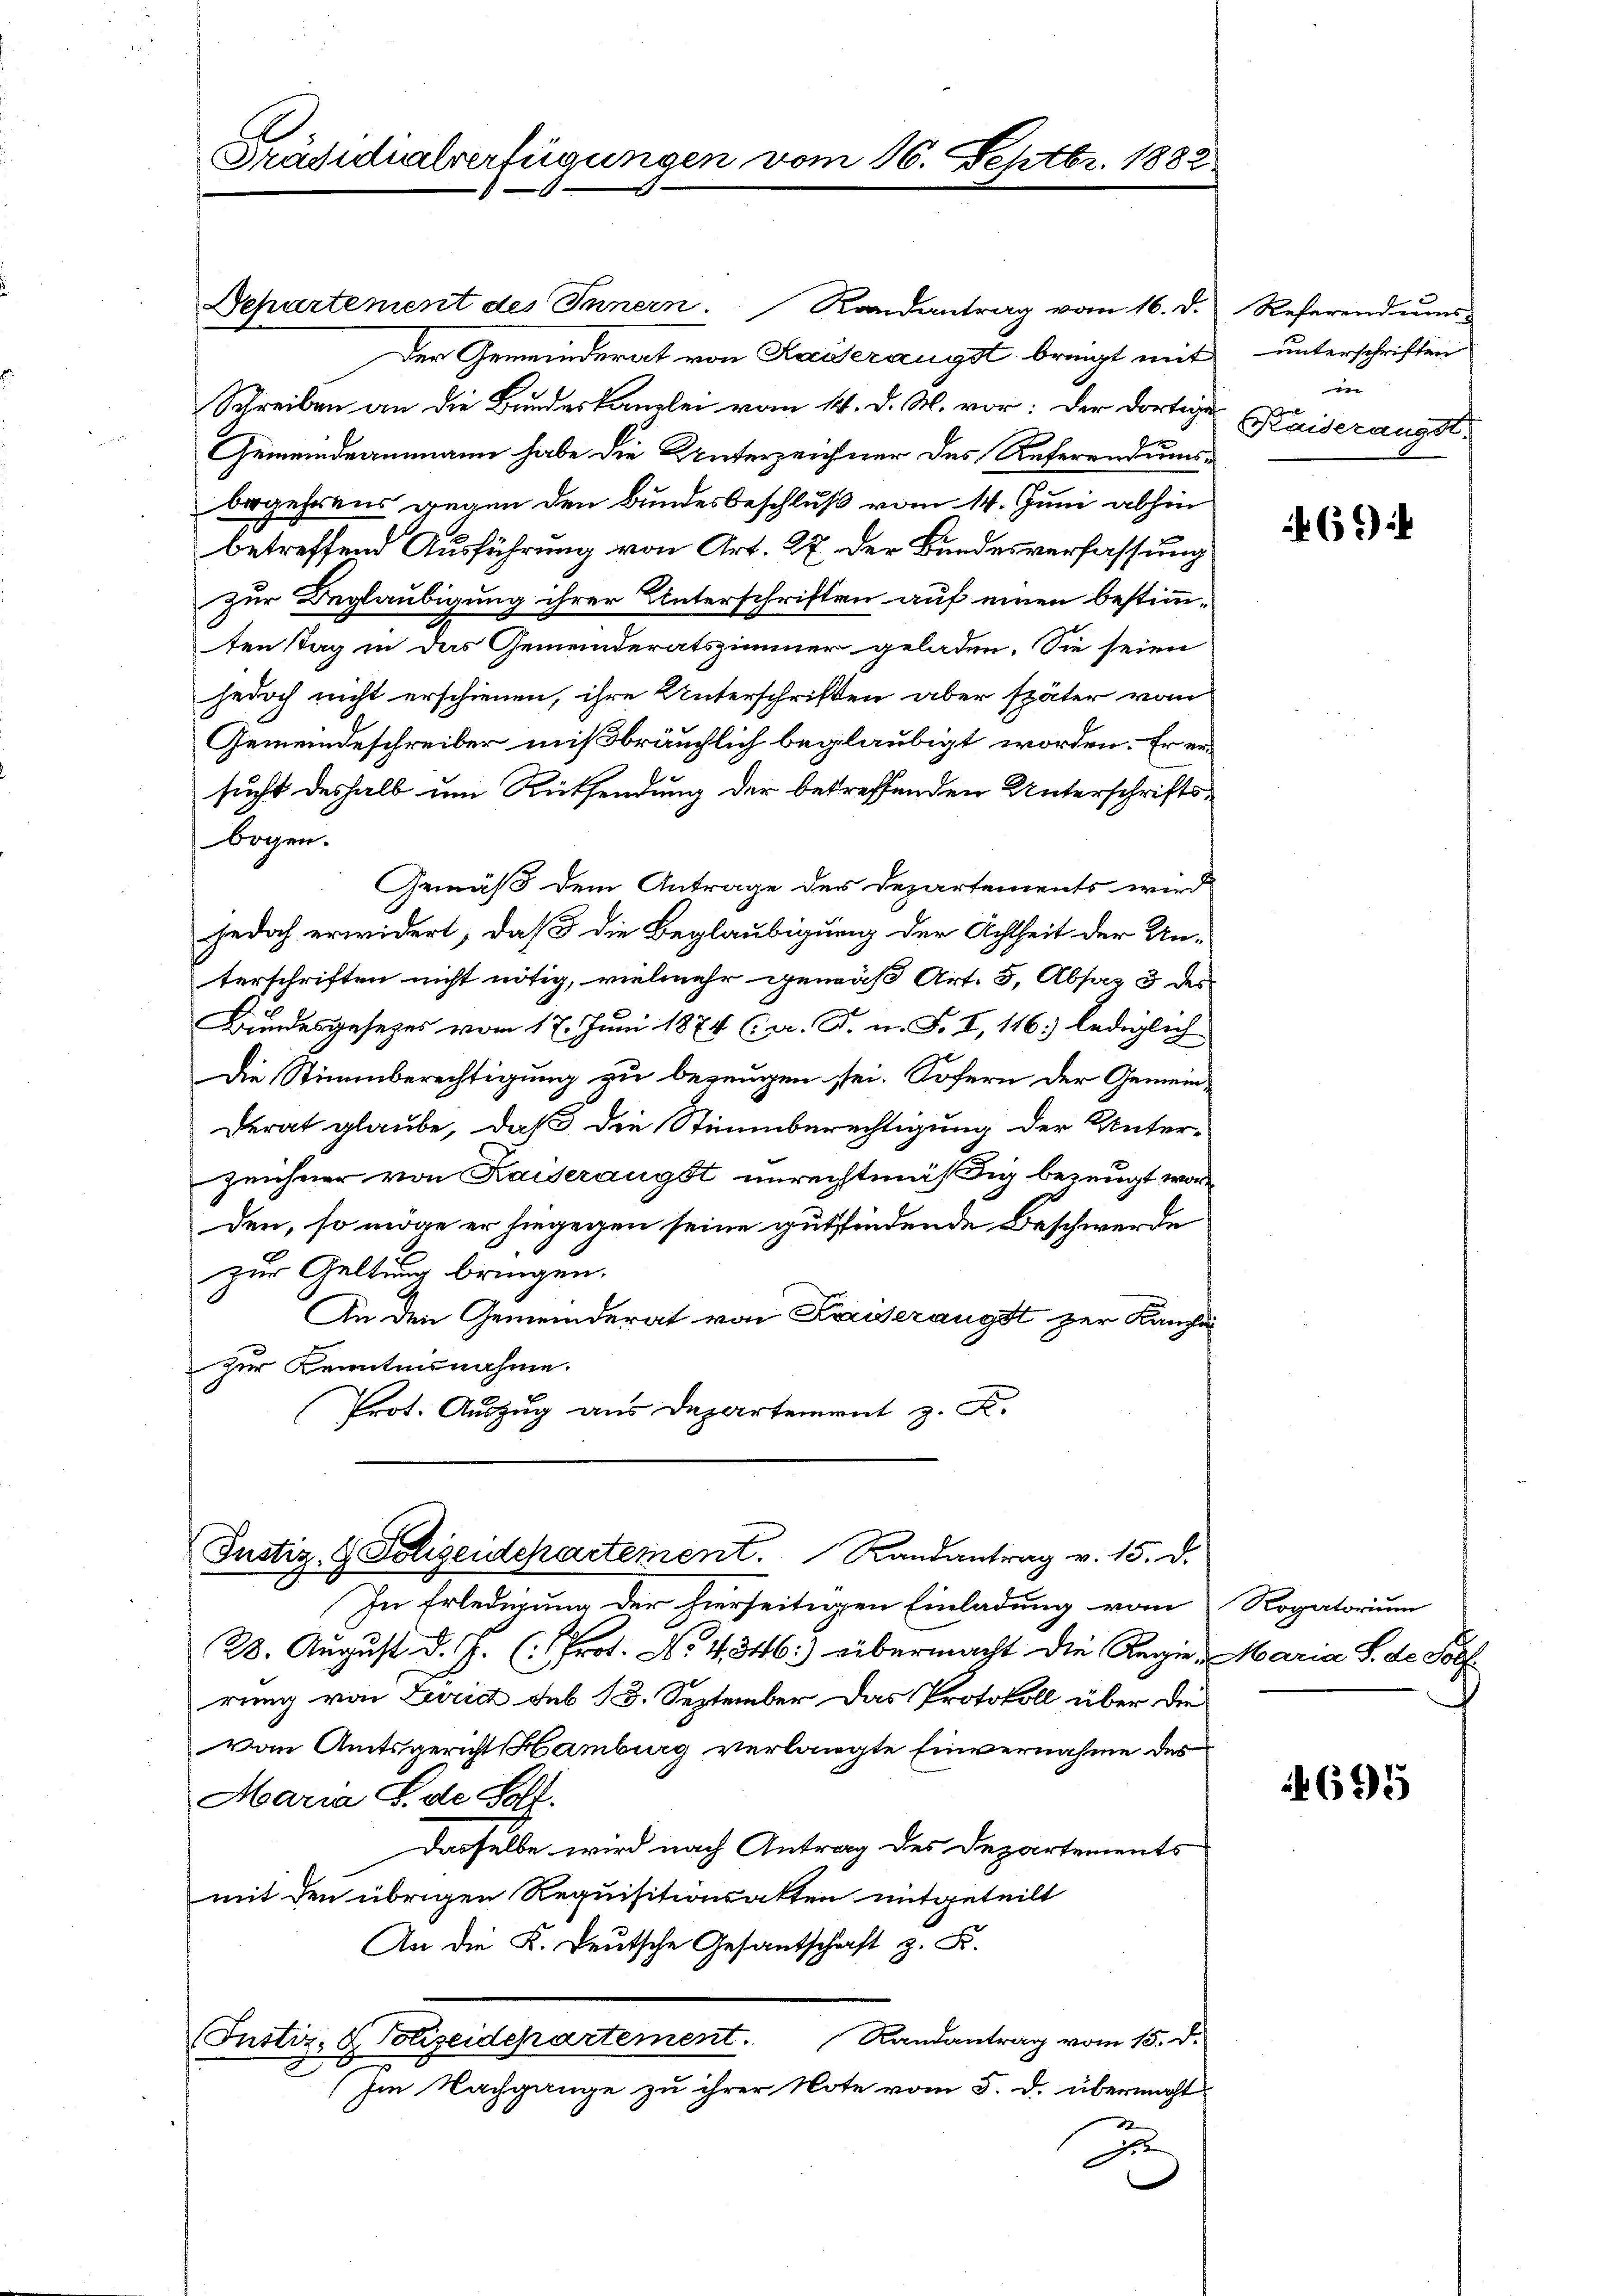
Präsidialverfügungen vom 1.

Justiz- & Polizeidchartement. Randantrag v. 15. d.

2. Septbr. 1882.

Separtement des Innern. Randantrag vom 16. d.
Der Gemeinderat von Kaiserangst bringt mit
Schreiben an die Bundeskanzlei vom 14. d. M. vor: der dortige
Gemeindeammann habe die Unterzeichner des Referendums-
begehrens gegen den Bundesbeschluß vom 14. Juni abhin
betreffend Ausführung von Art. 27 der Bundesverfassung
zur Beglaubigung ihrer Unterschriften auf einen bestimmten Tag in das Gemeinderatszimmer geladen. Sie seien
jedoch nicht erschienen, ihre Unterschriften aber später vom
Gemeindeschreiber mißbräuchlich beglaubigt worden. Er ersucht deshalb um Rücksendung der betreffenden Unterschriftsbogen.
Gemäß dem Antrage der Departements wird
jedoch erwidert, daß die Beglaubigung der Achtheit der Un-
terschriften nicht nötig, vielmehr gemäß Art. 5, Abs. 3 des
Bundesgesezes vom 17. Juni 1874 (a. R. n. F. I, 116.) ledigliche
Die Stimmberechtigung zu bezeugen sei. Sofern der Gemeinderat glaube, daß die Stimmberechtigung der Unter-
zeichner von Kaiseraügst unrechtmäßig bezeugt worde
den, so möge er hiegegen seine gutfindende Beschwerde
zur Geltung bringen.
An den Gemeinderat von Kaiserangst zur Kanze
zur Kenntnisnahme.
Prot. Auszug aus Departement z. K.

In Erledigung der hierseitigen Einladung vom Rogatorium
28. August d. J. (Prot. No. 4. 346) übermacht die Regie-Maria S. de. Soll
rung von Lurid sub 13. September das Protokoll über die
vom Amtsgericht Hamburg verlangte Einvernahme des
Maria S. de Solf.
Dasselbe wird nach Antrag des Departements
mit den übrigen Requisitionsakten mitgeteilt
An die K. Deutsche Gesantschaft z. F.
Iustiz- & Polizeidepartement. Randantrag vom 15. d.
x
Im Nachgange zu ihrer Note vom 5. d. übermacht
z

Referendums
unterschriften
un
Kaideraugst.

6

695